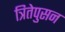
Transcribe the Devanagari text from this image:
त्रितेपुसन